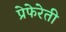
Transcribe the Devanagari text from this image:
प्रेफेरेती